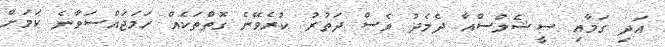
އަދި ގަމާއި ސީޝެލްސްއާ ދެމެދު ވެސް ދަތުރު ކުރެވޭނެ ގޮތްތަކެއް ހަމަޖައްސަވާނެ ކަމަށް